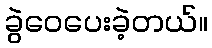
ခွဲဝေပေးခဲ့တယ်။